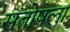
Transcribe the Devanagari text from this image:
संतोषला